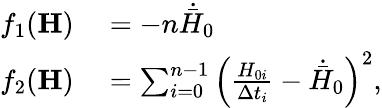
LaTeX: \begin{array}{rl}{f_{1}(\mathbf{H})}&{{}=-n\dot{\bar{H}}_{0}}\\ {f_{2}(\mathbf{H})}&{{}=\sum_{i=0}^{n-1}\left(\frac{H_{0i}}{\Delta t_{i}}-\dot{\bar{H}}_{0}\right)^{2},}\end{array}